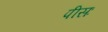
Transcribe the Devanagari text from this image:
पीसः